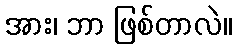
အား၊ ဘာ ဖြစ်တာလဲ။